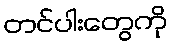
တင်ပါးတွေကို